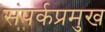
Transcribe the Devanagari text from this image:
संपर्कप्रमुख